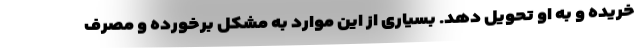
خریده و به او تحویل دهد. بسیاری از این موارد به مشکل برخورده و مصرف